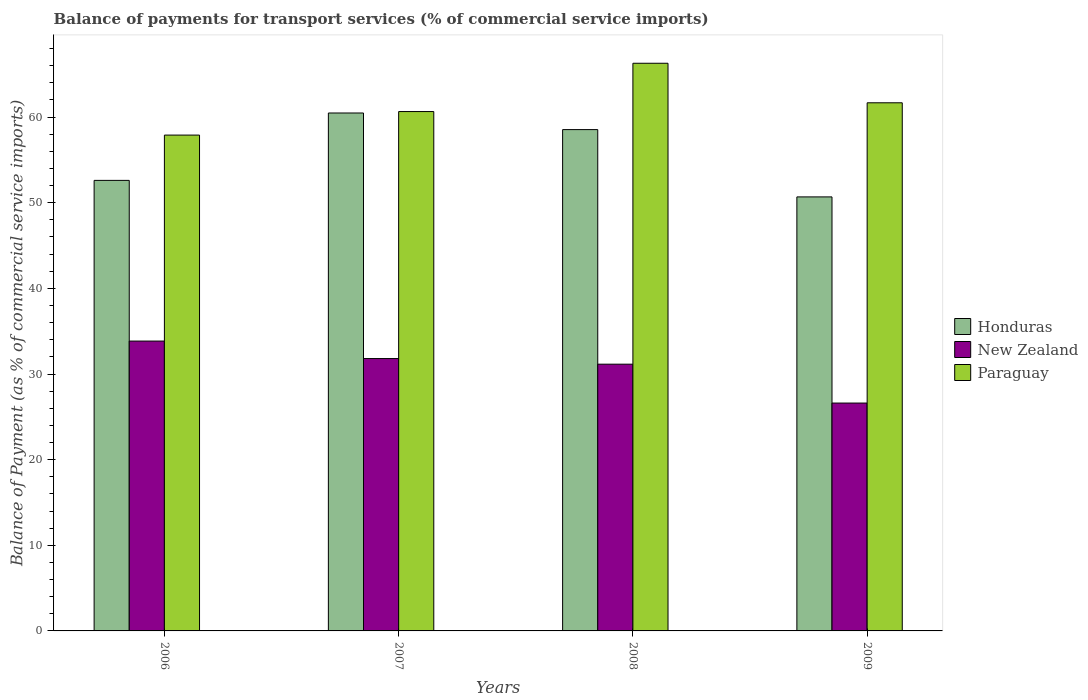
| Years | Honduras | New Zealand | Paraguay |
 | --- | --- | --- | --- |
 | 2006 | 52.6 | 33.8 | 57.9 |
 | 2007 | 60.5 | 31.8 | 60.6 |
 | 2008 | 58.5 | 31.1 | 66.3 |
 | 2009 | 50.7 | 26.6 | 61.7 |